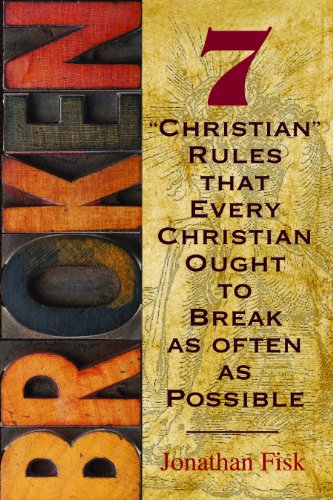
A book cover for Broken: 7 ''Christian'' Rules That Every Christian Ought to Break as Often as Possible; Jonathan M. Fisk; Christian Books & Bibles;